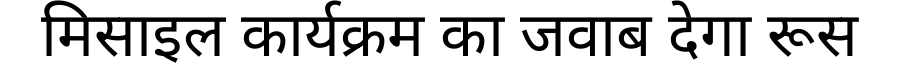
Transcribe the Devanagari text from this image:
मिसाइल कार्यक्रम का जवाब देगा रूस